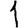
Digit: 1